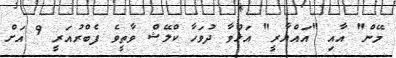
މޭން" އާއި "އައްޔާރީ" އަޅުވާ ދުވަހާ ކްލޭޝް ވާތީވެ ފެބްރުއަރީ 9 އަށް